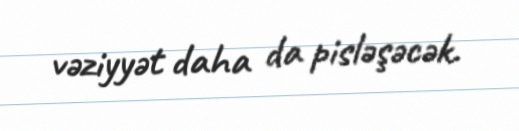
vəziyyət daha da pisləşəcək.